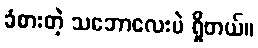
ခံစားတဲ့ သဘောလေးပဲ ရှိတယ်။